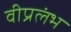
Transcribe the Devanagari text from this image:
वीप्रलंभ